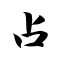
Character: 占